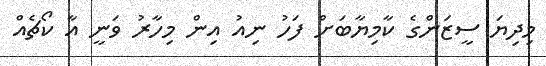
މިދިޔަ ސީޒަންގެ ކާމިޔާބަށް ފަހު ނިއު އިން މިހާރު ވަނީ އާ ކޯޗެއް